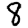
Digit: 8